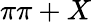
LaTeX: \pi\pi+X